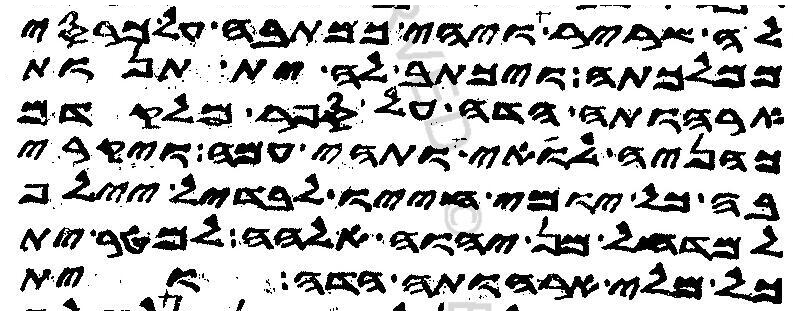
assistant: לה שריר ויהי כמתבה על כרסי
ממלכתה ויכתב לה ית תנות
ארהותה הדה על ספר מלקדם
כהניה לואי ותהי עמה ויקרי
בה כל יומי חייו לבדיל יילף
למדחל מן יהוה אלהה למטר ית
כל מלי ארהותה הדה וית